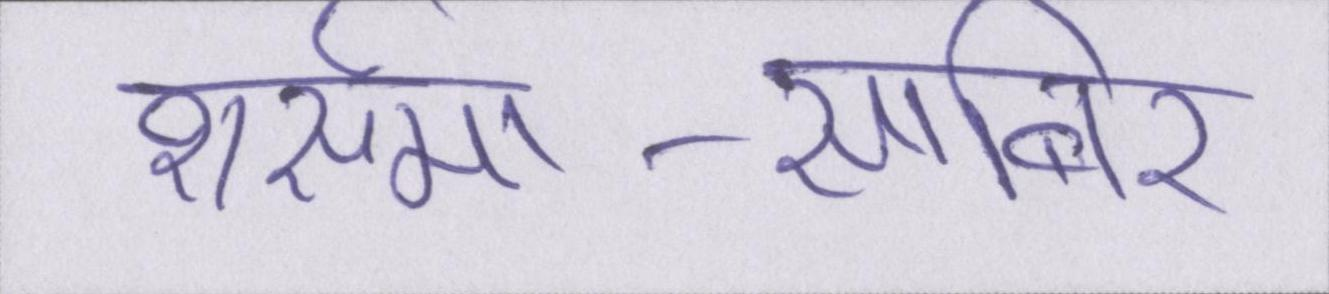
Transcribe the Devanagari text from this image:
शर्समा-साबिर